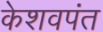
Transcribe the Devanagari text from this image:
केशवपंत